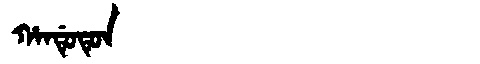
Manchu: ᡥᠠᠨᡩᡠᡨᡠᠨ
Romanization: HANDUTUN